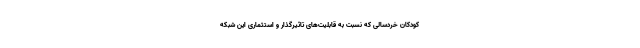
کودکان خردسالی که نسبت به قابلیت‌های تاثیرگذار و استثماری این شبکه